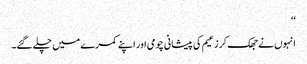
‘‘
انہوں نے جھک کر زعیم کی پیشانی چومی اور اپنے کمرے میں چلے گئے۔